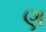
ણ